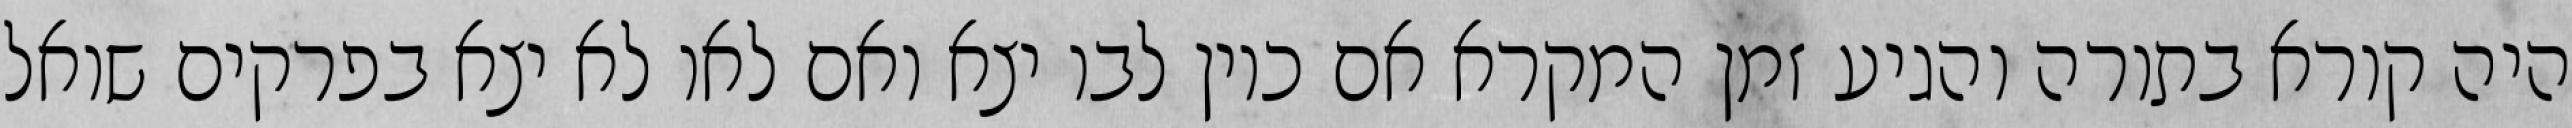
היה קורא בתורה והגיע זמן המקרא אם כיון לבו יצא ואם לאו לא יצא בפרקים שואל